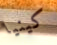
كينيا